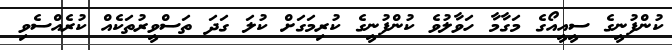
ކުންފުނީގެ ސީއީއޯގެ މަގާމާ ހަވާލުވެ ކުންފުނީގެ ކުރިމަގަށް ކުލަ ގަދަ ތަސްވީރުތަކެއް ކުރެއްސެވި